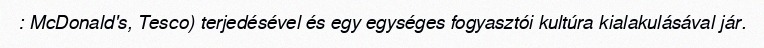
: McDonald's, Tesco) terjedésével és egy egységes fogyasztói kultúra kialakulásával jár.